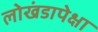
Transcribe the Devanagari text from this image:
लोखंडापेक्षा